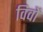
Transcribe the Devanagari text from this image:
विवों